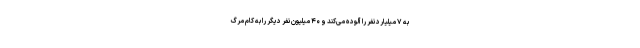
به ۷ میلیارد نفر را آلوده می‌کند و ۴۰ میلیون نفر دیگر را به کام مرگ